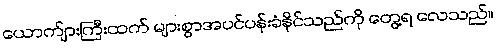
ယောက်ျားကြီးထက် များစွာအပင်ပန်းခံနိုင်သည်ကို တွေ့ရ လေသည်။